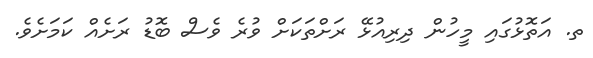
ތ. އަތޮޅުގައި މީހުން ދިރިއުޅޭ ރަށްތަކަށް ވުރެ ވެސް ބޮޑު ރަށެއް ކަމަށެވެ.